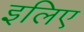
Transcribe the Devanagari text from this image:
इलिए